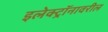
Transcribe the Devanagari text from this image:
इलेक्ट्रॉनावरील